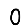
Digit: 0